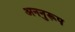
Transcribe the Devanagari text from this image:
अननुरूप